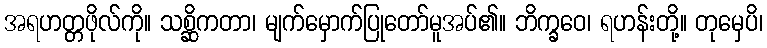
အရဟတ္တဖိုလ်ကို။ သစ္ဆိကတာ၊ မျက်မှောက်ပြုတော်မူအပ်၏။ ဘိက္ခဝေ၊ ရဟန်းတို့။ တုမှေပိ၊